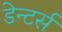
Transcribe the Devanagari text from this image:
डेन्टर्स